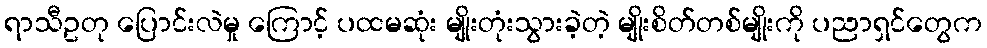
ရာသီဥတု ပြောင်းလဲမှု ကြောင့် ပထမဆုံး မျိုးတုံးသွားခဲ့တဲ့ မျိုးစိတ်တစ်မျိုးကို ပညာရှင်တွေက